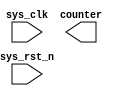
module counter(
    input sys_clk,
    input sys_rst_n,
    output [3:0] counter
);

endmodule